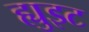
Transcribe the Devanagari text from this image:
ह्युइट